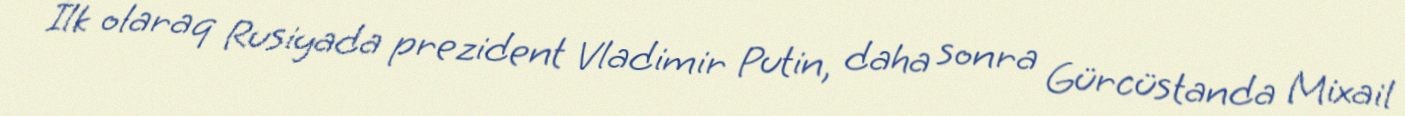
İlk olaraq Rusiyada prezident Vladimir Putin, daha sonra Gürcüstanda Mixail